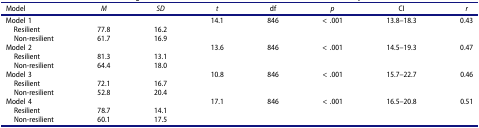
| Model | M | SD | t | df | p | CI | r |
 | --- | --- | --- | --- | --- | --- | --- | --- |
 | Model 1 |  |  | 14.1 | 846 | < .001 | 13.8–18.3 | 0.43 |
 | Resilient | 77.8 | 16.2 |  |  |  |  |  |
 | Non-resilient | 61.7 | 16.9 |  |  |  |  |  |
 | Model 2 |  |  | 13.6 | 846 | < .001 | 14.5–19.3 | 0.47 |
 | Resilient | 81.3 | 13.1 |  |  |  |  |  |
 | Non-resilient | 64.4 | 18.0 |  |  |  |  |  |
 | Model 3 |  |  | 10.8 | 846 | < .001 | 15.7–22.7 | 0.46 |
 | Resilient | 72.1 | 16.7 |  |  |  |  |  |
 | Non-resilient | 52.8 | 20.4 |  |  |  |  |  |
 | Model 4 |  |  | 17.1 | 846 | < .001 | 16.5–20.8 | 0.51 |
 | Resilient | 78.7 | 14.1 |  |  |  |  |  |
 | Non-resilient | 60.1 | 17.5 |  |  |  |  |  |